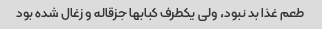
طعم غذا بد نبود، ولی یکطرف کبابها جزقاله و زغال شده بود